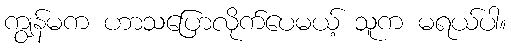
ကျွန်မက ဟာသပြောလိုက်ပေမယ့် သူက မရယ်ပါ။